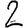
Digit: 2